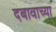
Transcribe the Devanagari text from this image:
दबावाच्या